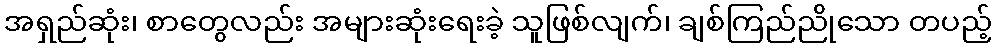
အရှည်ဆုံး၊ စာတွေလည်း အများဆုံးရေးခဲ့ သူဖြစ်လျက်၊ ချစ်ကြည်ညိုသော တပည့်